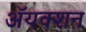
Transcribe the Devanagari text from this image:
ॲयक्शन